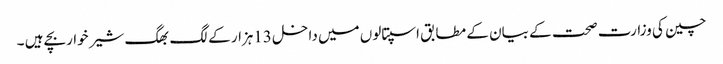
چین کی وزارت صحت کے بیان کے مطابق اسپتالوں میں داخل 13ہزار کے لگ بھگ شیر خواربچے ہیں ۔